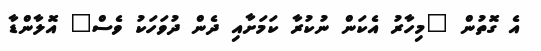
އެ ގޮތުން "މިހާާރު އެކަން ނުކުރާ ކަމަށާއި ދެން ދުވަހަކު ވެސް" އޮލާންޑާ